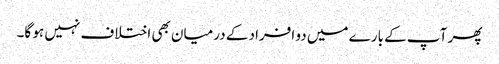
پھر آپ کے بارے میں دو افراد کے درمیان بھی اختلاف نہیں ہو گا۔